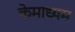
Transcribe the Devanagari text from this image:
केमाध्यम